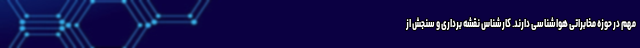
مهم در حوزه مخابراتی هواشناسی دارند. کارشناس نقشه برداری و سنجش از